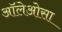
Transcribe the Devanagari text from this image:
ऑलेओसा